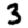
Digit: 3